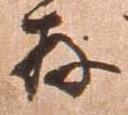
存